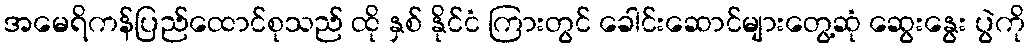
အမေရိကန်ပြည်ထောင်စုသည် ထို နှစ် နိုင်ငံ ကြားတွင် ခေါင်းဆောင်များတွေ့ဆုံ ဆွေးနွေး ပွဲကို